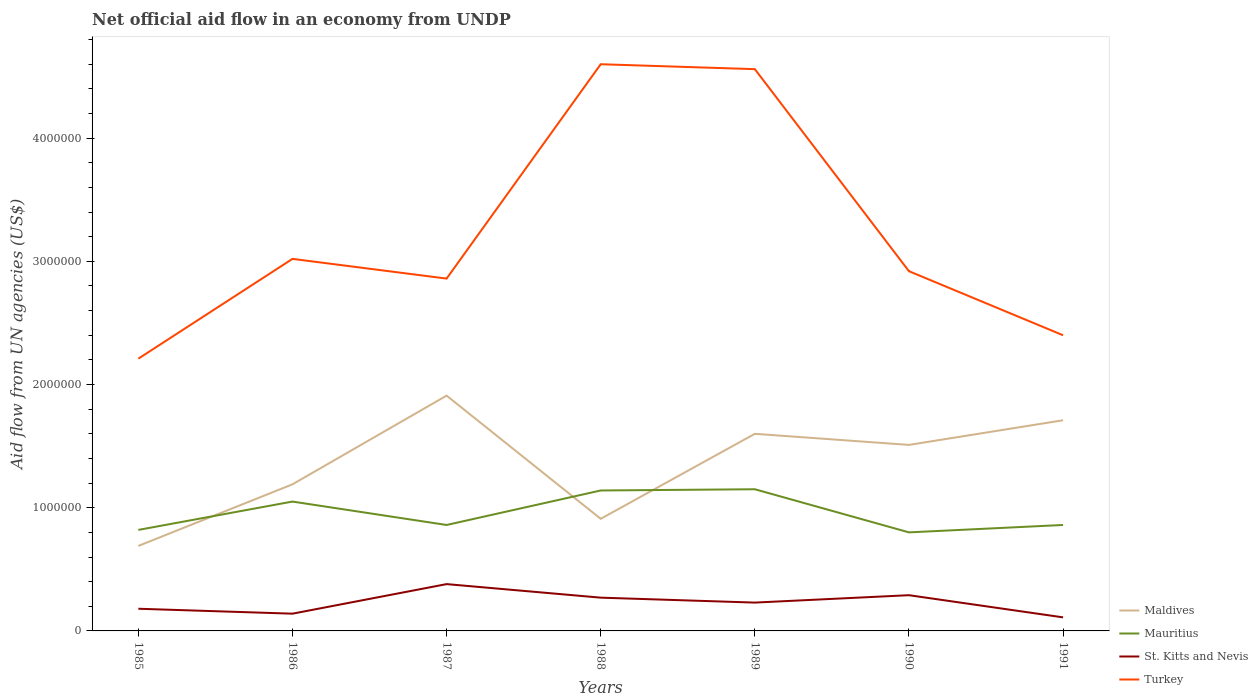
| Years | Maldives | Mauritius | St. Kitts and Nevis | Turkey |
 | --- | --- | --- | --- | --- |
 | 1985 | 6.9e+05 | 8.2e+05 | 1.8e+05 | 2.21e+06 |
 | 1986 | 1.19e+06 | 1.05e+06 | 1.4e+05 | 3.02e+06 |
 | 1987 | 1.91e+06 | 8.6e+05 | 3.8e+05 | 2.86e+06 |
 | 1988 | 9.1e+05 | 1.14e+06 | 2.7e+05 | 4.6e+06 |
 | 1989 | 1.6e+06 | 1.15e+06 | 2.3e+05 | 4.56e+06 |
 | 1990 | 1.51e+06 | 8e+05 | 2.9e+05 | 2.92e+06 |
 | 1991 | 1.71e+06 | 8.6e+05 | 1.1e+05 | 2.4e+06 |